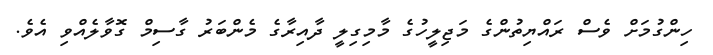
ހިންގުމަށް ވެސް ރައްޔިތުންގެ މަޖިލީހުގެ މާމިގިލީ ދާއިރާގެ މެންބަރު ގާސިމް ގޮވާލެއްވި އެވެ.